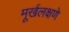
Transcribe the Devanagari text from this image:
मूर्खलक्षणे